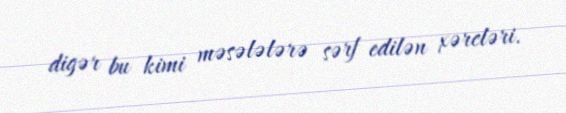
digər bu kimi məsələlərə sərf edilən xərcləri.